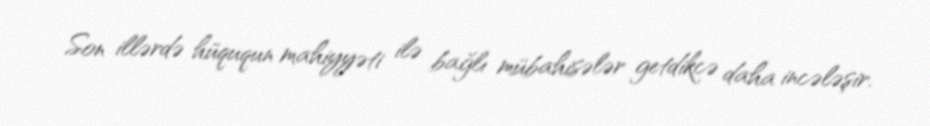
Son illərdə hüququn mahiyyəti ilə bağlı mübahisələr getdikcə daha incələşir.